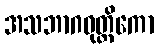
အသဘာဂဝုတ္တိကော